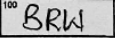
Transcription: BRW